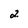
Character: 2